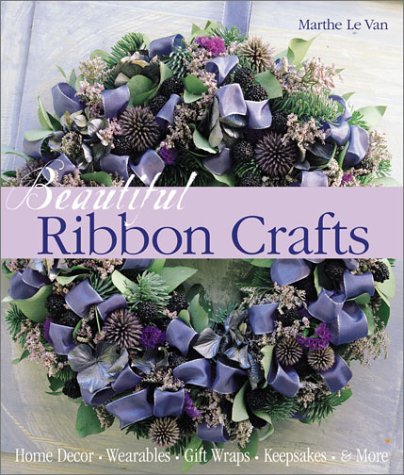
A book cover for Beautiful Ribbon Crafts: Home Decor * Wearables * Gift Wraps * Keepsakes * & More; Marthe Le Van; Crafts, Hobbies & Home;